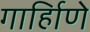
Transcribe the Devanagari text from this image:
गार्हािणे